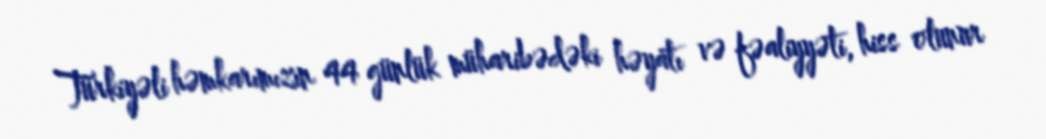
Türkiyəli həmkarımızın 44 günlük müharibədəki həyatı və fəaliyyəti, hiss olunur